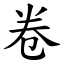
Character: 卷